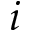
i